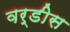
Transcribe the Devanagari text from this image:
वर्डीस